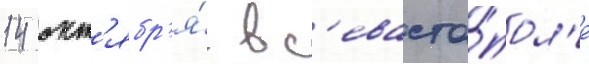
14 окт'ябр'я́ в с'евасто́пол'е